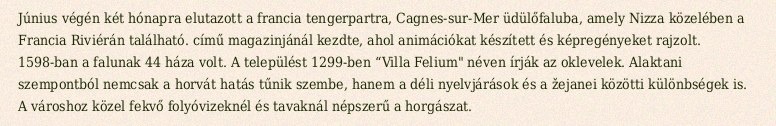
Június végén két hónapra elutazott a francia tengerpartra, Cagnes-sur-Mer üdülőfaluba, amely Nizza közelében a Francia Riviérán található. című magazinjánál kezdte, ahol animációkat készített és képregényeket rajzolt. 1598-ban a falunak 44 háza volt. A települést 1299-ben “Villa Felium" néven írják az oklevelek. Alaktani szempontból nemcsak a horvát hatás tűnik szembe, hanem a déli nyelvjárások és a žejanei közötti különbségek is. A városhoz közel fekvő folyóvizeknél és tavaknál népszerű a horgászat.